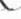
جيد